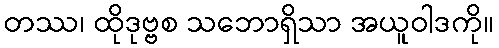
တဿ၊ ထိုဒုဗ္ဗစ သဘောရှိသာ အယူဝါဒကို။